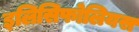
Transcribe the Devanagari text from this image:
इलिसिफोलियस